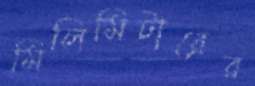
মিলিমিটারের